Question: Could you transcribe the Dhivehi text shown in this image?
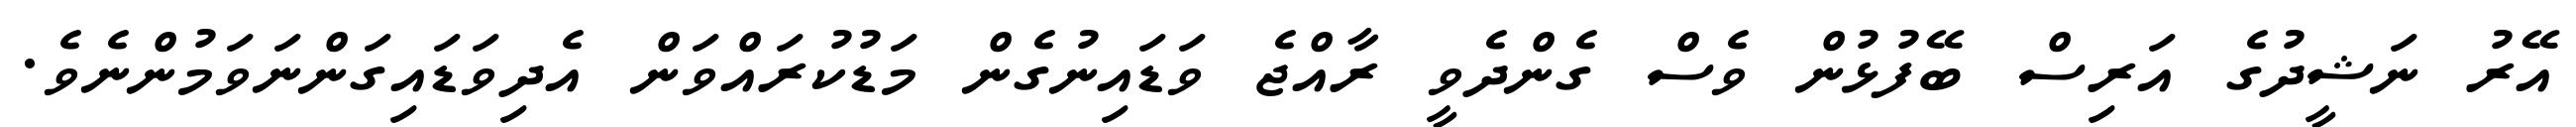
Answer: އޭރު ނަޝީދުގެ އަރިސް ބޭފުޅުން ވެސް ގެންދެވީ ރާއްޖެ ވަޑައިނުގެން މަޑުކުރައްވަން އެދިވަޑައިގަންނަވަމުންނެވެ.